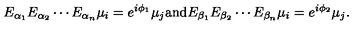
E _ { \alpha _ { 1 } } E _ { \alpha _ { 2 } } \cdots E _ { \alpha _ { n } } \mu _ { i } = e ^ { i \phi _ { 1 } } \mu _ { j } \mathrm { a n d } E _ { \beta _ { 1 } } E _ { \beta _ { 2 } } \cdots E _ { \beta _ { n } } \mu _ { i } = e ^ { i \phi _ { 2 } } \mu _ { j } .